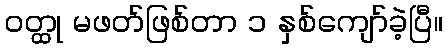
ဝတ္ထု မဖတ်ဖြစ်တာ ၁ နှစ်ကျော်ခဲ့ပြီ။